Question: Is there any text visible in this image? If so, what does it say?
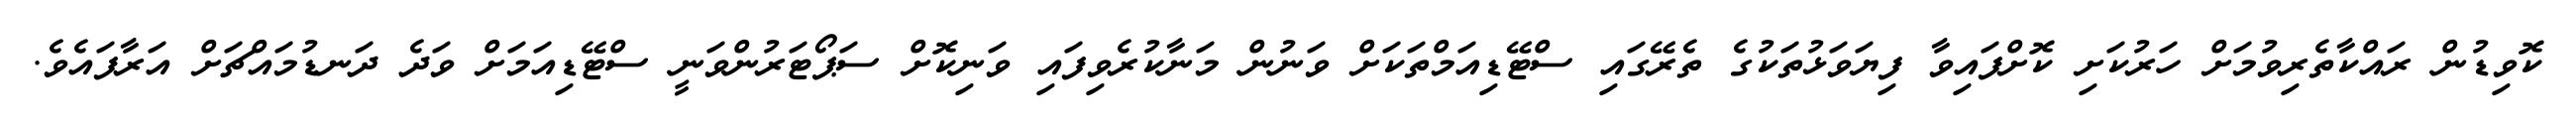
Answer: ކޮވިޑުން ރައްކާތެރިވުމަށް ހަރުކަށި ކޮށްފައިވާ ފިޔަވަޅުތަކުގެ ތެރޭގައި ސްޓޭޑިއަމްތަކަށް ވަނުން މަނާކުރެވިފައި ވަނިކޮށް ސަޕޯޓަރުންވަނީ ސްޓޭޑިއަމަށް ވަދެ ދަނޑުމައްޗަށް އަރާފައެވެ.